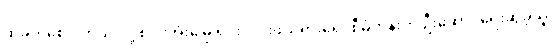
ထိခိုက်စေပါတယ် လို့ စပါးအုံးမြွေ ရှင်းလင်းဖယ်ရှားရေး စီမံကိန်းကို ဦးဆောင်ရေးဆွဲခဲ့သူ